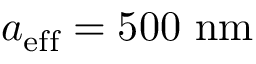
{ a _ { \mathrm { e f f } } = 5 0 0 \ \mathrm { n m } }